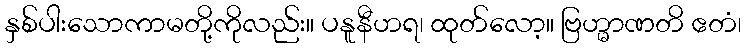
နှစ်ပါးသောကာမတို့ကိုလည်း။ ပနူနီဟရ၊ ထုတ်လော့။ ဗြဟ္မာဏတိ ဧတံ၊